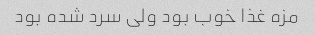
مزه غذا خوب بود ولی سرد شده بود